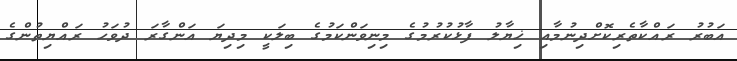
އަބުރު ރައްކާތެރިކޮށްދިނުމާއި ޚިޔާލު ފާޅުކުރުމުގެ މިނިވަންކަމުގެ ބިލަކީ މިދިޔަ އަންގާރަ ދުވަހު ރައްޔިތުންގެ